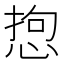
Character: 𢛑